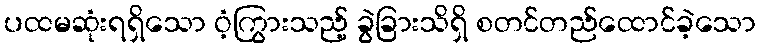
ပထမဆုံးရရှိသော ဝံ့ကြွားသည့် ခွဲခြားသိရှိ စတင်တည်ထောင်ခဲ့သော